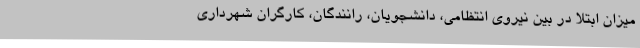
میزان ابتلا در بین نیروی انتظامی، دانشجویان، رانندگان، کارگران شهرداری